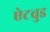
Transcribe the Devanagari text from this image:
ऐटवुड